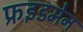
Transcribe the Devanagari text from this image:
फ्रइडमेन